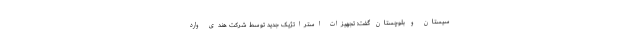
سیستان و بلوچستان گفت: تجهیزات استراتژیک جدید توسط شرکت هندی وارد